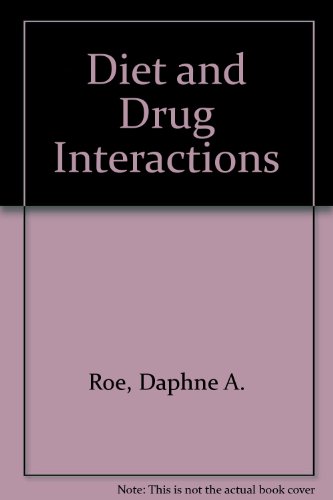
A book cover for Diet and Drug Interactions; Daphne A. Roe; Medical Books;